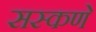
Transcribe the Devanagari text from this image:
सस्कणे